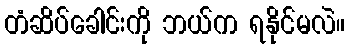
တံဆိပ်ခေါင်းကို ဘယ်က ရနိုင်မလဲ။